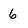
Character: 6